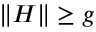
\| H \| \geq g